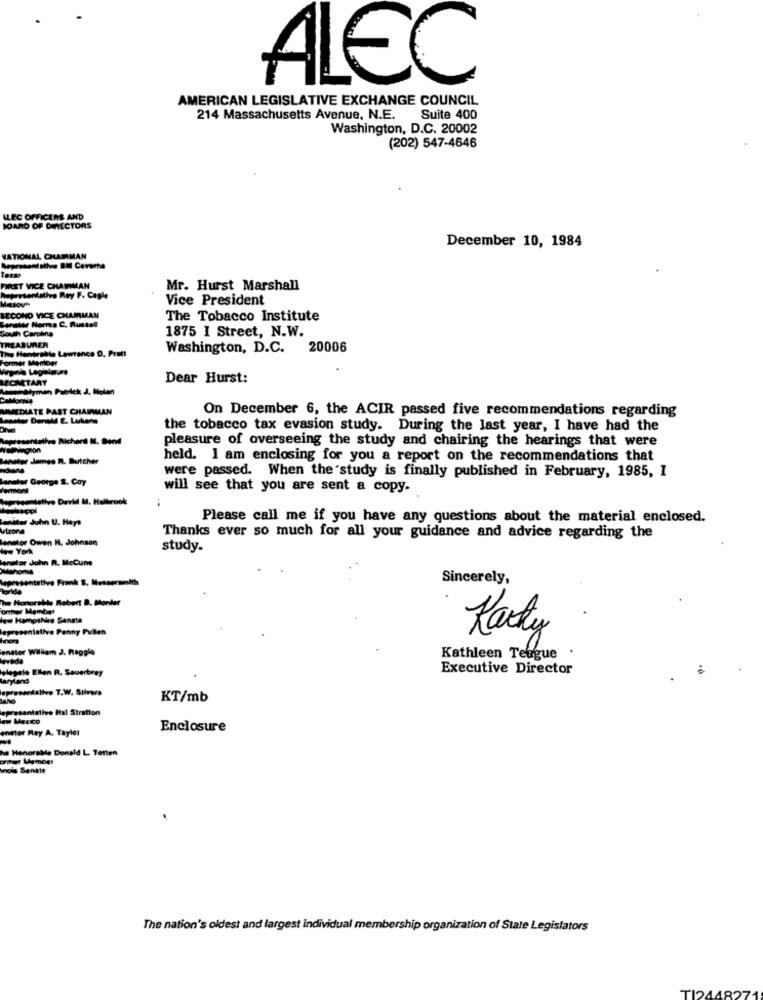
ALEC
AMERICAN LEGISLATIVE EXCHANGE COUNCIL
214 Massachusetts Avenue, N.E.
Suite 400
Washington, D.C. 20002
(202) 547-4646
ALEC OFFICERS AND
BOARD OF DIRECTORS
December 10, 1984
NATIONAL CHAIRMAN
FIRST VICE CHAIRMAN
Mr. Hurst Marshall
Representative Rey F. Cagle
Vice President
Misov"
SECOND VICE CHAIRMAN
stor Nomes C. Russell
The Tobacco Institute
1875 I Street, N.W.
South Carolina
The Honorable Lawrence D. Pratt
TREASURER
Washington, D.C.
20006
Former Member
BROMTARY
Dear Hurst:
Legendtymen Patrick J. Motan
MIMMEDIATE PAST CHAIRMAN
On December 6, the ACIR passed five recommendations regarding
the tobacco tax evasion study. During the last year, I have had the
sesentalivs Richard M. Bend
pleasure of overseeing the study and chairing the hearings that were
her James R. Butther
held. I am enclosing for you a report on the recommendations that
were passed. When the study is finally published in February, 1985, I
George S. Coy
will see that you are sent a copy.
emmistive Devid M. Hallerook
mites John U. Hays
Please call me if you have any questions about the material enclosed.
utrona
enstor Owen H. Johnson
Thanks ever so much for all your guidance and advice regarding the
New York
study.
nator John IL, Mccune
Whome
entative Frank S. Messersmich
Sincerely,
The Honorable Robert B. Monler
ormer Member
low Hampshire Senate
epresentative Panny Pullen
Karty
enstor William J. maggio
Kathleen Tefigue
wlegate Ellen R. Sauerbrey
Executive Director
aryland
wesentative T.W. Stivers
KT/mb
epresentative Hal Stration
enator Ray A. Taylor
Enclosure
he Henorskle Donald L. Tetten
nols Senate
The nation's oldest and largest individual membership organization of State Legislators
TI244827